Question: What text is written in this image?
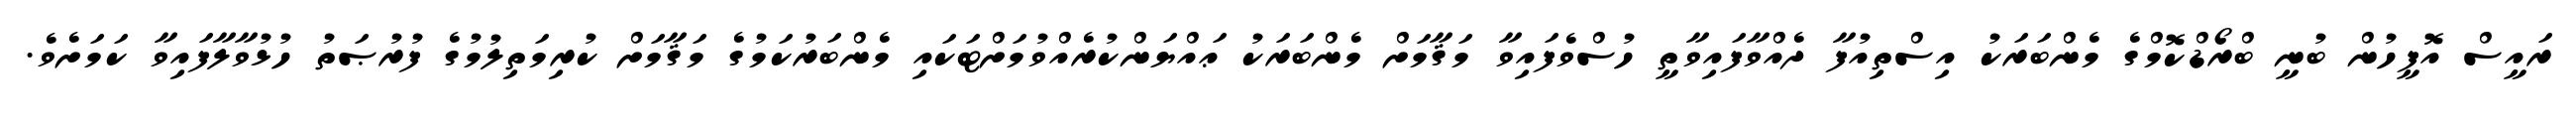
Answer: ރައީސް އޮފީހުން ބުނީ ބްރޯޑްކޮމްގެ މެންބަރަކު އިސްތިއުފާ ދެއްވާފައިވާތީ ހުސްވެފައިވާ މަޤާމަށް މެންބަރަކު ޢައްޔަންކުރެއްވުމަށްޓަކައި މެންބަރުކަމުގެ މަޤާމަށް ކުރިމަތިލުމުގެ ފުރުޞަތު ހުޅުވާލާފައިވާ ކަމަށެވެ.